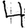
Digit: 4